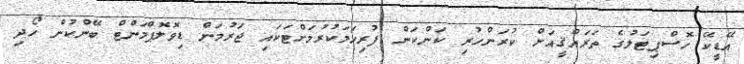
އޭޑީކޭ ހޮސްޕިޓަލުގެ ތަރައްޤީއަށް ކުރަންހުރި ކަންކަން ފުރިހަމަކުރުމަށްޓަކައި ޖަރުމަން ޑިވޮލޮޕްމަންޓް ބޭންކުން ހޯދި